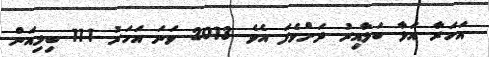
އަހަރާ އަޅާ ބަލާއިރު ދަށްވެފަ އެވެ. 2013 ވަނަ އަހަރު 11.1 ބިލިއަން